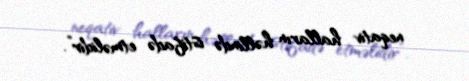
neqativ halların həllində istifadə etməlidir”.